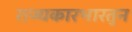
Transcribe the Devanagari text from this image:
राज्यकारभारतुन